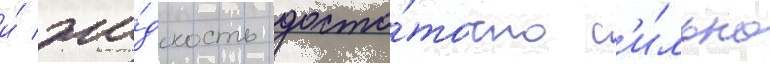
и́ жи́дкость доста́точно с'и́льно